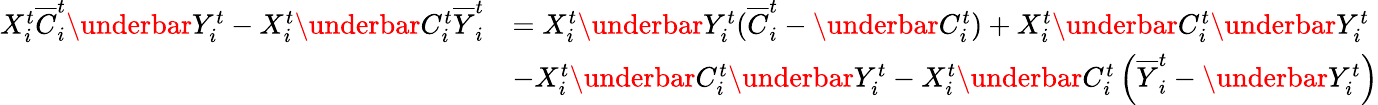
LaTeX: \begin{array}{rl}{X_{i}^{t}\overline{{C}}_{i}^{t}\underbar{Y}_{i}^{t}-X_{i}^{t}\underbar{C}_{i}^{t}{\overline{{Y}}_{i}^{t}}}&{=X_{i}^{t}\underbar{Y}_{i}^{t}(\overline{{C}}_{i}^{t}-\underbar{C}_{i}^{t})+X_{i}^{t}\underbar{C}_{i}^{t}\underbar{Y}_{i}^{t}}\\ &{-X_{i}^{t}\underbar{C}_{i}^{t}\underbar{Y}_{i}^{t}-X_{i}^{t}\underbar{C}_{i}^{t}\left(\overline{{Y}}_{i}^{t}-\underbar{Y}_{i}^{t}\right)}\end{array}